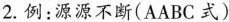
2.例：源源不断(AABC式)